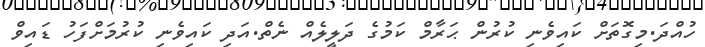
ހުއްދަ.މިގޮތަށް ކައިވެނި ކުރުން ޙަރާމް ކަމުގެ ދަލީލެއް ނެތް.އަދި ކައިވެނި ކުރުމަށްފަހު ޑައިވް